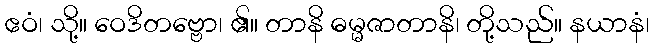
ဧဝံ၊ သို့။ ဝေဒိတဗ္ဗော၊ ၏။ တာနိ ဓမ္မဇာတာနိ၊ တို့သည်။ နယာနံ၊